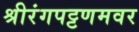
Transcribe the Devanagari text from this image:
श्रीरंगपट्टणमवर